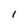
Character: I